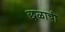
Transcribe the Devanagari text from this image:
छळाची